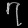
Digit: ၇